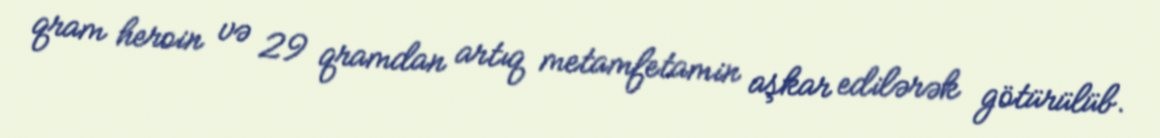
qram heroin və 29 qramdan artıq metamfetamin aşkar edilərək götürülüb.